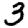
Digit: 3